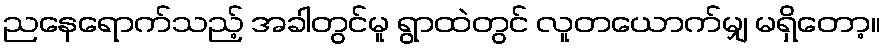
ညနေရောက်သည့် အခါတွင်မူ ရွာထဲတွင် လူတယောက်မျှ မရှိတော့။